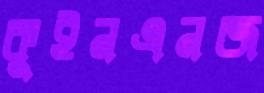
কুইনএনজ